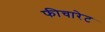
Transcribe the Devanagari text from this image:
फीचारेट